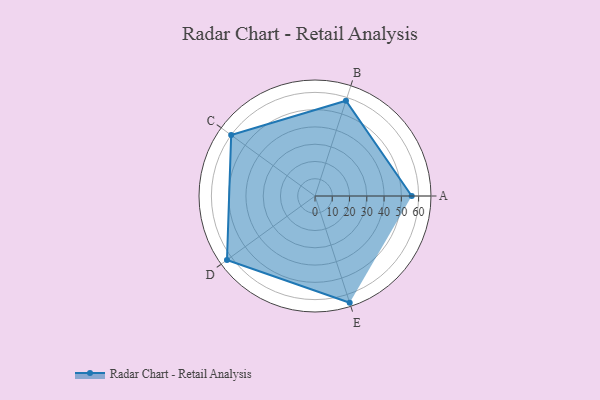
{"axis": {"x": "Skill", "y": "Score"}, "legend": ["Profile"], "data": [{"x": "A", "y": 56.0, "type": "Profile"}, {"x": "B", "y": 58.0, "type": "Profile"}, {"x": "C", "y": 60.0, "type": "Profile"}, {"x": "D", "y": 63.0, "type": "Profile"}, {"x": "E", "y": 65.0, "type": "Profile"}]}